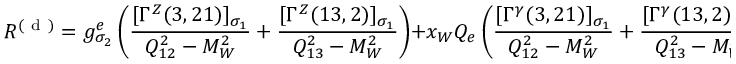
{ \cal R } ^ { ( \mathrm { ~ d ~ } ) } = g _ { \sigma _ { 2 } } ^ { e } \left( \frac { [ \Gamma ^ { Z } ( 3 , 2 1 ) ] _ { \sigma _ { 1 } } } { Q _ { 1 2 } ^ { 2 } - M _ { W } ^ { 2 } } + \frac { [ \Gamma ^ { Z } ( 1 3 , 2 ) ] _ { \sigma _ { 1 } } } { Q _ { 1 3 } ^ { 2 } - M _ { W } ^ { 2 } } \right) + x _ { W } Q _ { e } \left( \frac { [ \Gamma ^ { \gamma } ( 3 , 2 1 ) ] _ { \sigma _ { 1 } } } { Q _ { 1 2 } ^ { 2 } - M _ { W } ^ { 2 } } + \frac { [ \Gamma ^ { \gamma } ( 1 3 , 2 ) ] _ { \sigma _ { 1 } } } { Q _ { 1 3 } ^ { 2 } - M _ { W } ^ { 2 } } \right) \; .